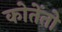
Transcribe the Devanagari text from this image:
कोतेंतो